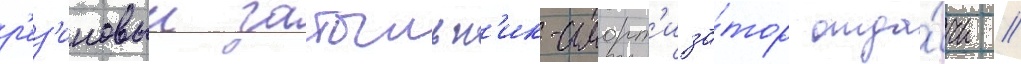
р'ез'иновыи затыльн'ик-аморт'иза́тор отда́чи //